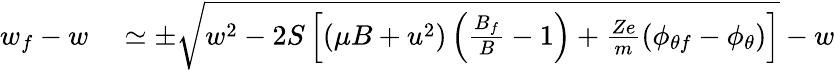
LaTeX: \begin{array}{rl}{w_{f}-w}&{{}\simeq\pm\sqrt{w^{2}-2S\left[(\mu B+u^{2})\left(\frac{B_{f}}{B}-1\right)+\frac{Ze}{m}(\phi_{\theta f}-\phi_{\theta})\right]}-w}\end{array}